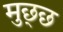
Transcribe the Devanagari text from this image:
मुछ्छ